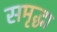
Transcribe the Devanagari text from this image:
समृद्धा